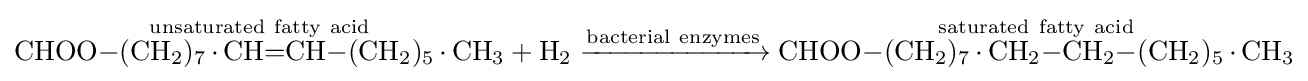
{{\overset {\mathrm {unsaturated} \ \mathrm {fatty} \ \mathrm {acid} }{\mathrm {CHOO} {-}(\mathrm {CH} {\vphantom {A}}_{\smash[{t}]{2}}){\vphantom {A}}_{\smash[{t}]{7}}\,{\cdot }\,\mathrm {CH} {=}\mathrm {CH} {-}(\mathrm {CH} {\vphantom {A}}_{\smash[{t}]{2}}){\vphantom {A}}_{\smash[{t}]{5}}\,{\cdot }\,\mathrm {CH} {\vphantom {A}}_{\smash[{t}]{3}}}}{}+{}\mathrm {H} {\vphantom {A}}_{\smash[{t}]{2}}{}\mathrel {\xrightarrow {\mathrm {bacterial} \ \mathrm {enzymes} } } {}{\overset {\mathrm {saturated} \ \mathrm {fatty} \ \mathrm {acid} }{\mathrm {CHOO} {-}(\mathrm {CH} {\vphantom {A}}_{\smash[{t}]{2}}){\vphantom {A}}_{\smash[{t}]{7}}\,{\cdot }\,\mathrm {CH} {\vphantom {A}}_{\smash[{t}]{2}}{-}\mathrm {CH} {\vphantom {A}}_{\smash[{t}]{2}}{-}(\mathrm {CH} {\vphantom {A}}_{\smash[{t}]{2}}){\vphantom {A}}_{\smash[{t}]{5}}\,{\cdot }\,\mathrm {CH} {\vphantom {A}}_{\smash[{t}]{3}}}}}